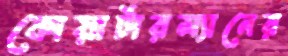
কোয়ার্টারম্যানের